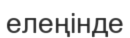
елеңінде